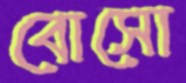
বোসো